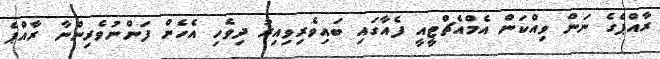
ރާއްޕެގެ ނަން ވިއްކަން އެމްއެޗްޓީއީ ފެއާގައި ބައިވެރިވިއިރު ދިވެހި އެހެން ފަންނުވެރިންނާ ރާއްޕެ